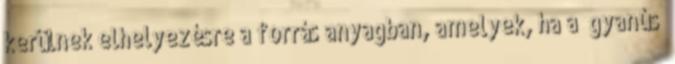
kerülnek elhelyezésre a forrás anyagban, amelyek, ha a “gyanús”